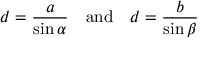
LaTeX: d = { \frac { a } { \sin \alpha } } \quad { \mathrm { a n d } } \quad d = { \frac { b } { \sin \beta } }